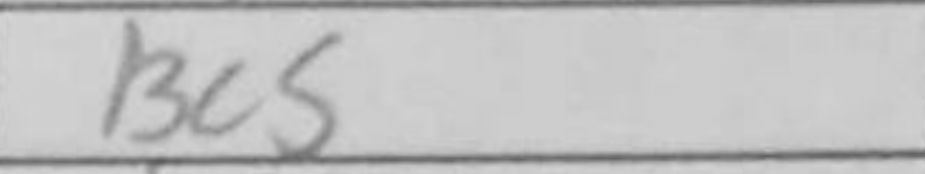
Transcription: Bc5